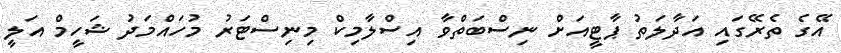
އޭގެ ތެރޭގައި އަދާލަތު ޕާޓީއަށް ނިސްބަތްވާ އިސްލާމިކް މިނިސްޓަރު މުހައްމަދު ޝަހީމް އަލީ